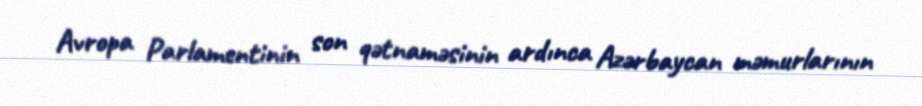
Avropa Parlamentinin son qətnaməsinin ardınca Azərbaycan məmurlarının